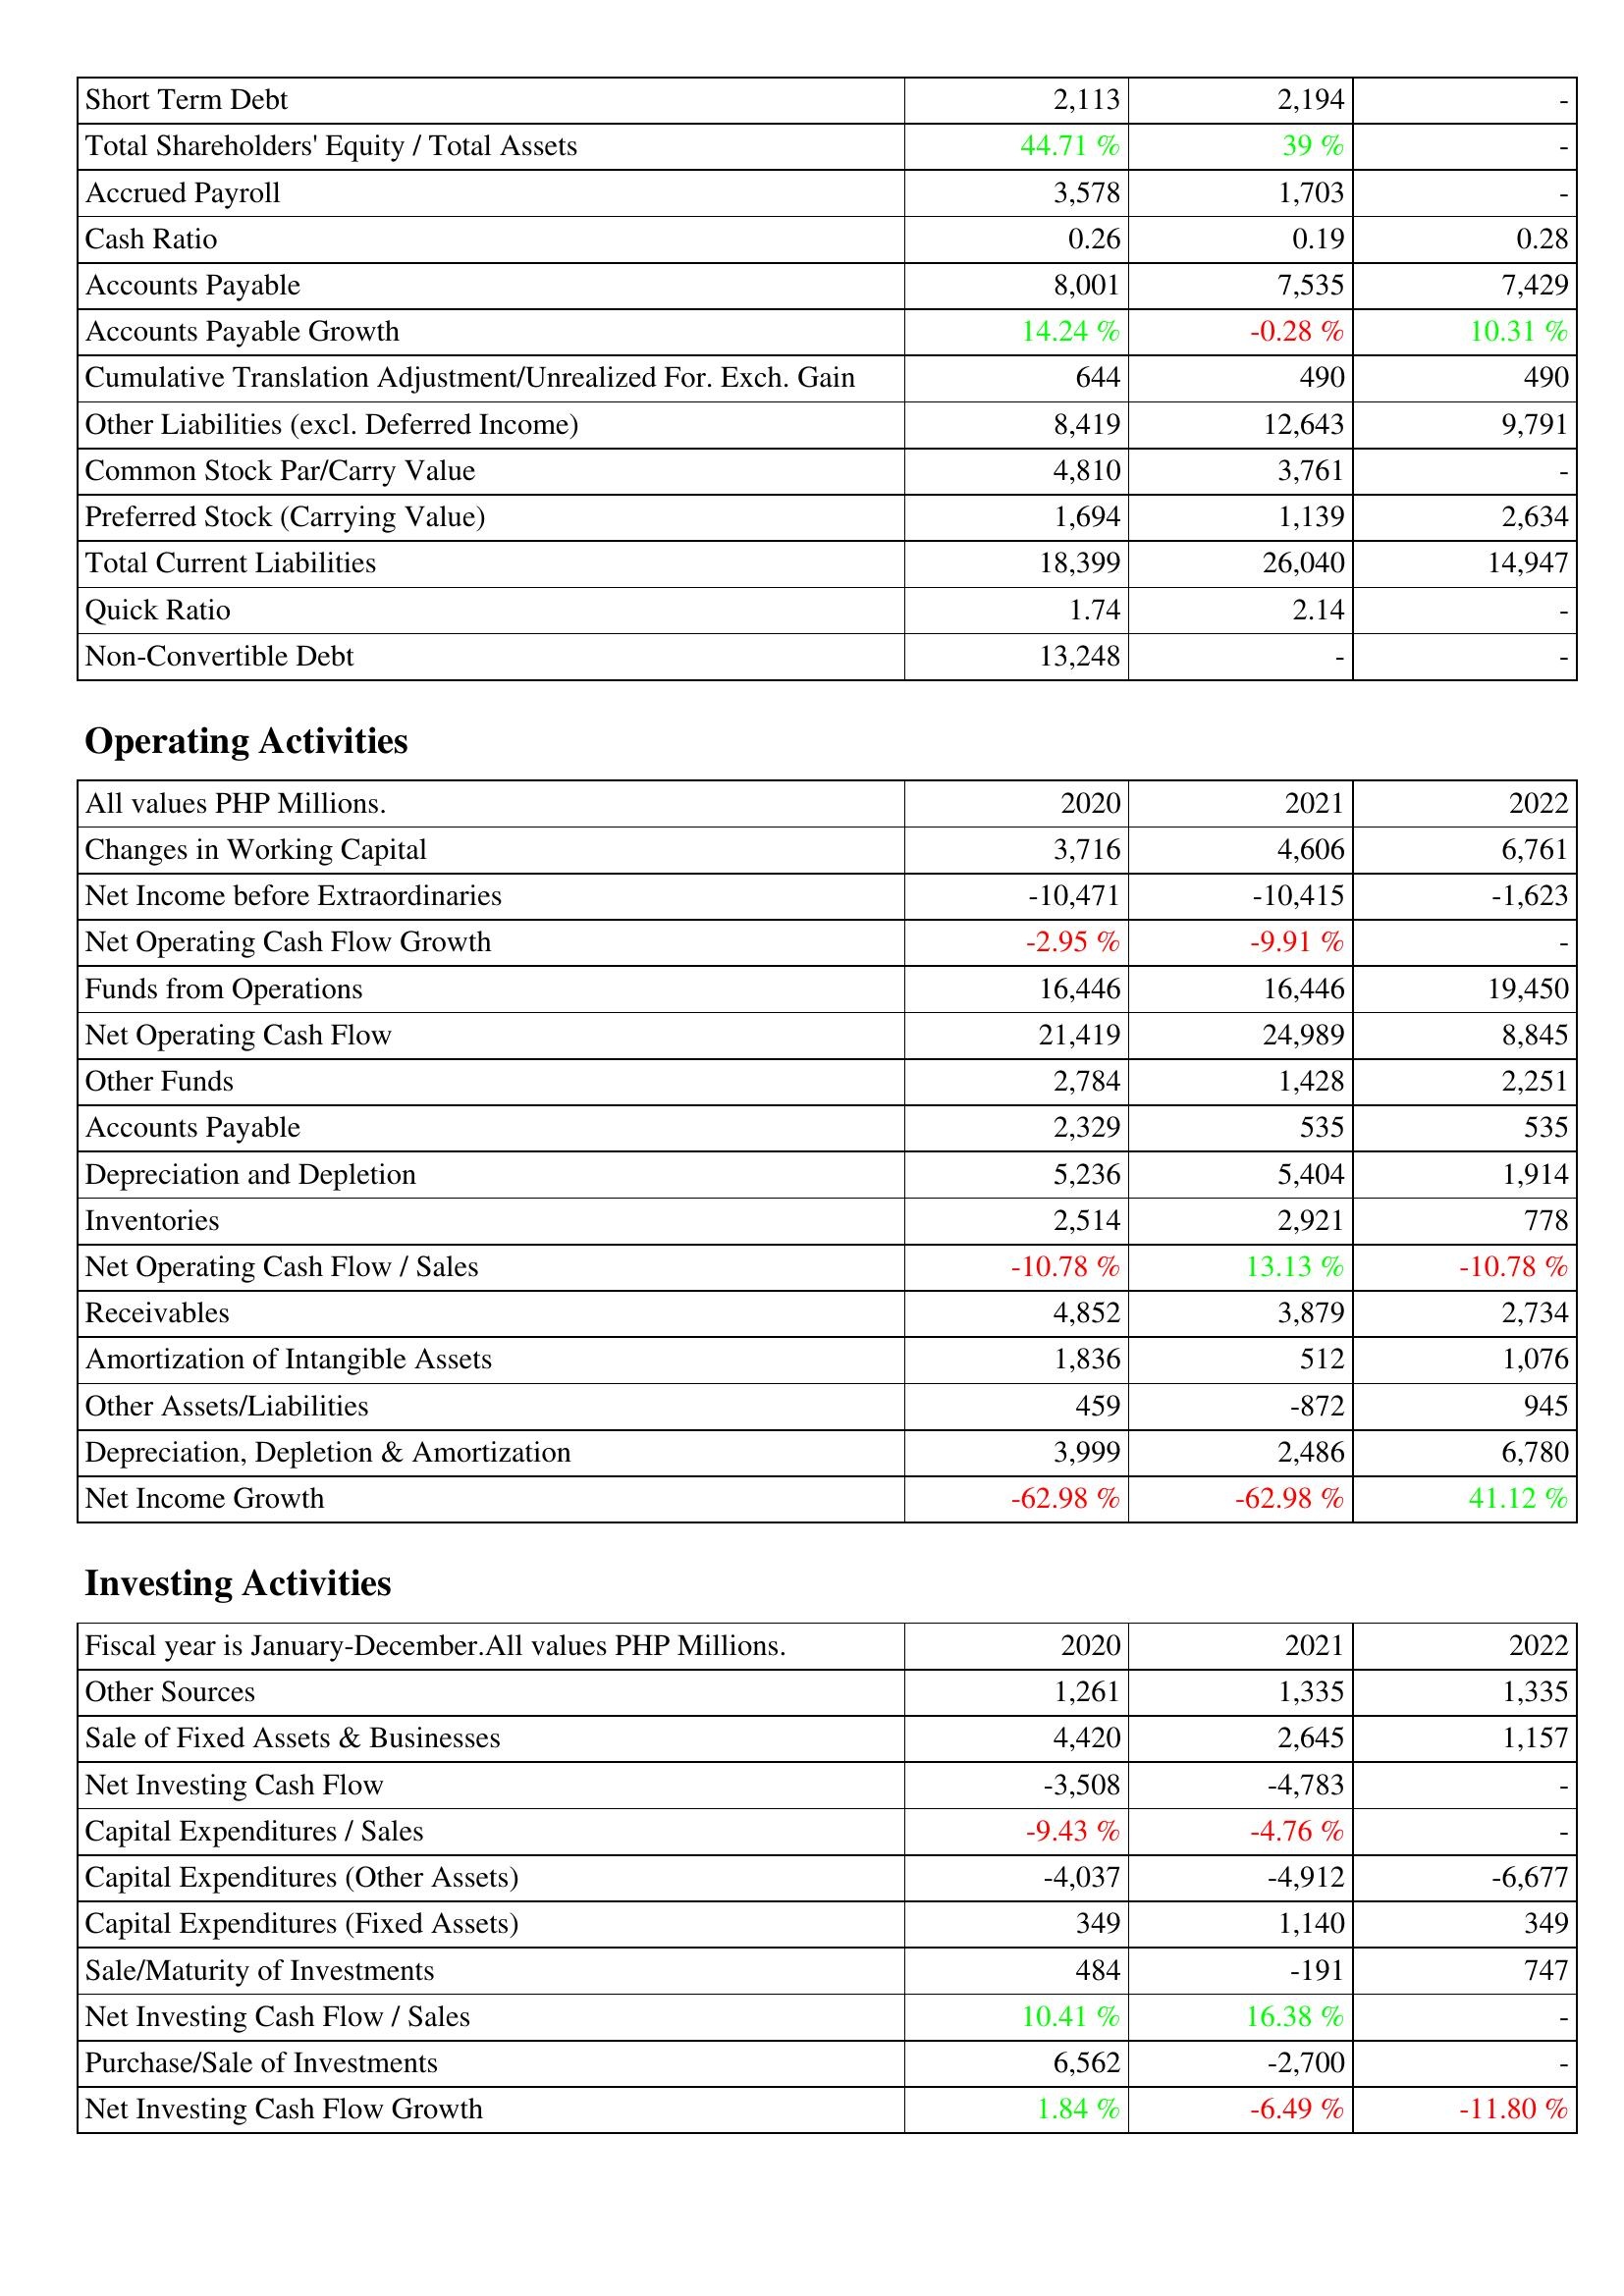
2020: Liabilities & Shareholders' Equity: Short Term Debt: 2,113
Total Shareholders' Equity / Total Assets: 44.71 %
Accrued Payroll: 3,578
Cash Ratio: 0.26
Accounts Payable: 8,001
Accounts Payable Growth: 14.24 %
Cumulative Translation Adjustment/Unrealized For. Exch. Gain: 644
Other Liabilities (excl. Deferred Income): 8,419
Common Stock Par/Carry Value: 4,810
Preferred Stock (Carrying Value): 1,694
Total Current Liabilities: 18,399
Quick Ratio: 1.74
Non-Convertible Debt: 13,248
Operating Activities: Changes in Working Capital: 3,716
Net Income before Extraordinaries: -10,471
Net Operating Cash Flow Growth: -2.95 %
Funds from Operations: 16,446
Net Operating Cash Flow: 21,419
Other Funds: 2,784
Accounts Payable: 2,329
Depreciation and Depletion: 5,236
Inventories: 2,514
Net Operating Cash Flow / Sales: -10.78 %
Receivables: 4,852
Amortization of Intangible Assets: 1,836
Other Assets/Liabilities: 459
Depreciation, Depletion & Amortization: 3,999
Net Income Growth: -62.98 %
Investing Activities: Other Sources: 1,261
Sale of Fixed Assets & Businesses: 4,420
Net Investing Cash Flow: -3,508
Capital Expenditures / Sales: -9.43 %
Capital Expenditures (Other Assets): -4,037
Capital Expenditures (Fixed Assets): 349
Sale/Maturity of Investments: 484
Net Investing Cash Flow / Sales: 10.41 %
Purchase/Sale of Investments: 6,562
Net Investing Cash Flow Growth: 1.84 %
2021: Liabilities & Shareholders' Equity: Short Term Debt: 2,194
Total Shareholders' Equity / Total Assets: 39 %
Accrued Payroll: 1,703
Cash Ratio: 0.19
Accounts Payable: 7,535
Accounts Payable Growth: -0.28 %
Cumulative Translation Adjustment/Unrealized For. Exch. Gain: 490
Other Liabilities (excl. Deferred Income): 12,643
Common Stock Par/Carry Value: 3,761
Preferred Stock (Carrying Value): 1,139
Total Current Liabilities: 26,040
Quick Ratio: 2.14
Non-Convertible Debt: -
Operating Activities: Changes in Working Capital: 4,606
Net Income before Extraordinaries: -10,415
Net Operating Cash Flow Growth: -9.91 %
Funds from Operations: 16,446
Net Operating Cash Flow: 24,989
Other Funds: 1,428
Accounts Payable: 535
Depreciation and Depletion: 5,404
Inventories: 2,921
Net Operating Cash Flow / Sales: 13.13 %
Receivables: 3,879
Amortization of Intangible Assets: 512
Other Assets/Liabilities: -872
Depreciation, Depletion & Amortization: 2,486
Net Income Growth: -62.98 %
Investing Activities: Other Sources: 1,335
Sale of Fixed Assets & Businesses: 2,645
Net Investing Cash Flow: -4,783
Capital Expenditures / Sales: -4.76 %
Capital Expenditures (Other Assets): -4,912
Capital Expenditures (Fixed Assets): 1,140
Sale/Maturity of Investments: -191
Net Investing Cash Flow / Sales: 16.38 %
Purchase/Sale of Investments: -2,700
Net Investing Cash Flow Growth: -6.49 %
2022: Liabilities & Shareholders' Equity: Short Term Debt: -
Total Shareholders' Equity / Total Assets: -
Accrued Payroll: -
Cash Ratio: 0.28
Accounts Payable: 7,429
Accounts Payable Growth: 10.31 %
Cumulative Translation Adjustment/Unrealized For. Exch. Gain: 490
Other Liabilities (excl. Deferred Income): 9,791
Common Stock Par/Carry Value: -
Preferred Stock (Carrying Value): 2,634
Total Current Liabilities: 14,947
Quick Ratio: -
Non-Convertible Debt: -
Operating Activities: Changes in Working Capital: 6,761
Net Income before Extraordinaries: -1,623
Net Operating Cash Flow Growth: -
Funds from Operations: 19,450
Net Operating Cash Flow: 8,845
Other Funds: 2,251
Accounts Payable: 535
Depreciation and Depletion: 1,914
Inventories: 778
Net Operating Cash Flow / Sales: -10.78 %
Receivables: 2,734
Amortization of Intangible Assets: 1,076
Other Assets/Liabilities: 945
Depreciation, Depletion & Amortization: 6,780
Net Income Growth: 41.12 %
Investing Activities: Other Sources: 1,335
Sale of Fixed Assets & Businesses: 1,157
Net Investing Cash Flow: -
Capital Expenditures / Sales: -
Capital Expenditures (Other Assets): -6,677
Capital Expenditures (Fixed Assets): 349
Sale/Maturity of Investments: 747
Net Investing Cash Flow / Sales: -
Purchase/Sale of Investments: -
Net Investing Cash Flow Growth: -11.80 %